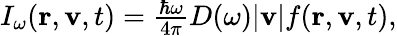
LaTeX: \begin{array}{r}{I_{\omega}(\mathbf r,\mathbf v,t)=\frac{\hbar\omega}{4\pi}D(\omega)|\mathbf v|f(\mathbf r,\mathbf v,t),}\end{array}